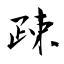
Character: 疎